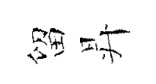
留昇